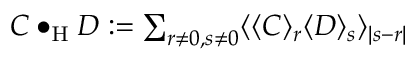
\textstyle C \bullet _ { \mathrm { H } } D : = \sum _ { r \neq 0 , s \neq 0 } \langle \langle C \rangle _ { r } \langle D \rangle _ { s } \rangle _ { | s - r | }